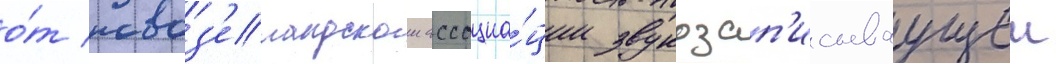
о́т новоз'еландскои ассоциа́ции звукозап'исываущеи